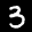
Label: 3